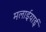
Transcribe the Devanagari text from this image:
मलाईयाई